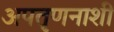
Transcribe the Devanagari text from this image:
अपतृणनाशी